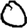
Digit: 0